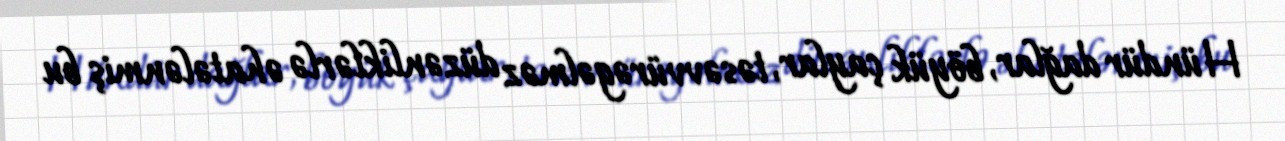
Hündür dağlar, böyük çaylar, təsəvvürəgəlməz düzənliklərlə əhatələnmiş bu